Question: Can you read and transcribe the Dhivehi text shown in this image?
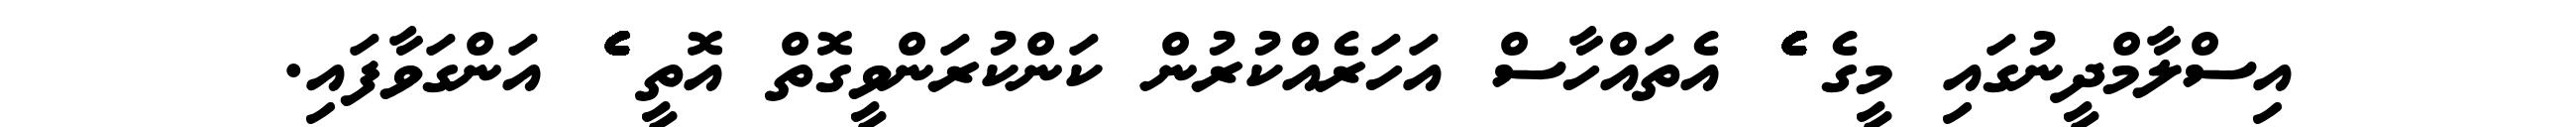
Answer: އިސްލާމްދީނުގައި މީގެ ެެެެެެެެެެެެެެެެެެެެެެެެެެެެެެެެެެެެެެެެެެެެެެެެެެެެެެެެެެެެ އެތައްހާސް އަހަރެއްކުރުން ކަންކުރަންވީގޮތް އޮތީ ެެެެެެެެެެެެެެެެެެެެެެެެެެެެެެެެެެެެެެެެެެެެެެެެެެެެެެެެެެެެެެ އަންގަވާފައި.